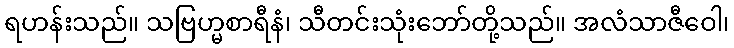
ရဟန်းသည်။ သဗြဟ္မစာရီနံ၊ သီတင်းသုံးဘော်တို့သည်။ အလံသာဇီဝေါ၊